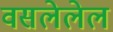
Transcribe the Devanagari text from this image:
वसलेलेल